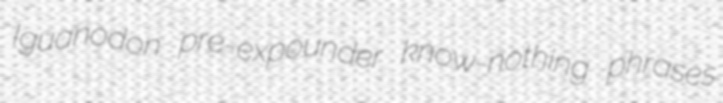
Iguanodon pre-expounder know-nothing phrases